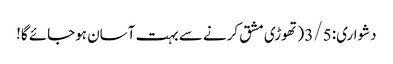
دشواری: 3/5 (تھوڑی مشق کرنے سے بہت آسان ہوجائے گا!